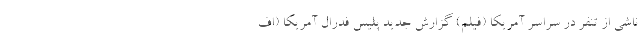
ناشی از تنفر در سراسر آمریکا (فیلم) گزارش جدید پلیس فدرال آمریکا (اف